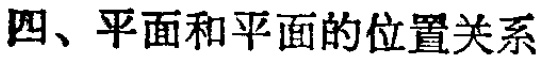
四、平面和平面的位置关系